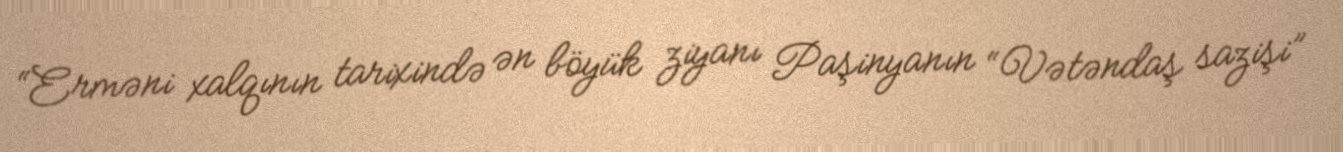
“Erməni xalqının tarixində ən böyük ziyanı Paşinyanın “Vətəndaş sazişi”